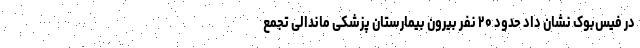
در فیس‌بوک نشان داد حدود ۲۰ نفر بیرون بیمارستان پزشکی ماندالی تجمع